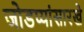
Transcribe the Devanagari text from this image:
जोडप्यांसारखे